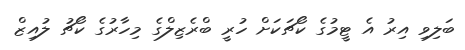
ބަލިވި އިރު އެ ޓީމުގެ ކޯޗަކަށް ހުރީ ބްރެޒިލްގެ މިހާރުގެ ކޯޗު ލުއިޒް